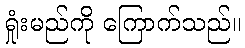
ရှုံးမည်ကို ကြောက်သည်။